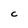
Character: C